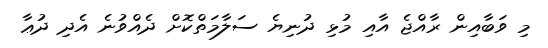
މި ވަބާއިން ރާއްޖެ އާއި މުޅި ދުނިޔެ ސަލާމަތްކޮށް ދެއްވުނެ އެދި ދުޢާ